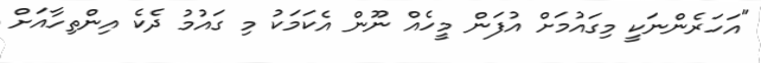
"އަހަރެންނަކީ މިގައުމަށް އުފަން މީހެއް ނޫން އެކަމަކު މި ގައުމު ދެކެ އިންތިހާއަށް